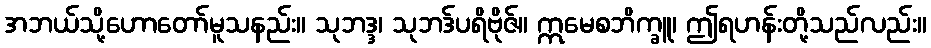
အဘယ်သို့ဟောတော်မူသနည်း။ သုဘဒ္ဒ၊ သုဘဒ်ပရိဗိုဇ်။ ဣမေစဘိက္ခူ၊ ဤရဟန်းတို့သည်လည်း။